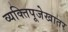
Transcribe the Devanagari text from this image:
व्यक्तिपूजेखातर